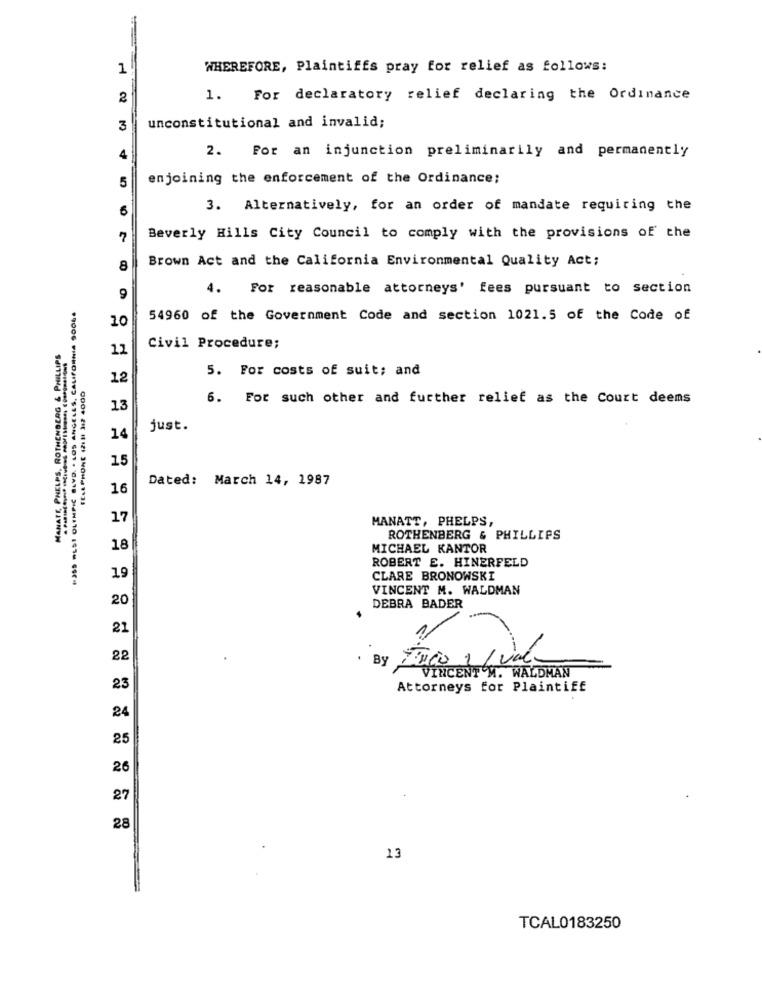
1
WHEREFORE, Plaintiffs pray for relief as follows:
2
1.
For declaratory relief declaring the Ordinance
3
unconstitutional and invalid;
4
2. For an injunction preliminarily and permanently
5
enjoining the enforcement of the Ordinance;
6
3. Alternatively, for an order of mandate requiring the
Beverly Hills City Council to comply with the provisions of the
Brown Act and the California Environmental Quality Act;
8
4. For reasonable attorneys' fees pursuant to section
9
F-355 LSI OLYMPIC BLVD. . LOS ANGELES, CALIFORNIA SOO ..
10
54960 of the Government Code and section 1021.5 of the Code of
MANATE PHELPS, ROTHENBERG & PHILLIPS
12
Civil Procedure;
5. For costs of suit; and
12
6. For such other and further relief as the Court deems
13
just.
14
15
Dated: March 14, 1987
16
17
MANATT, PHELPS,
ROTHENBERG & PHILLIPS
18
MICHAEL KANTOR
ROBERT E. HINERFELD
19
CLARE BRONOWSKI
VINCENT M. WALDMAN
20
DEBRA BADER
21
22
By
VINCENT'M. WALDMAN
23
Attorneys for Plaintiff
24
25
26
27
28
13
TCAL0183250